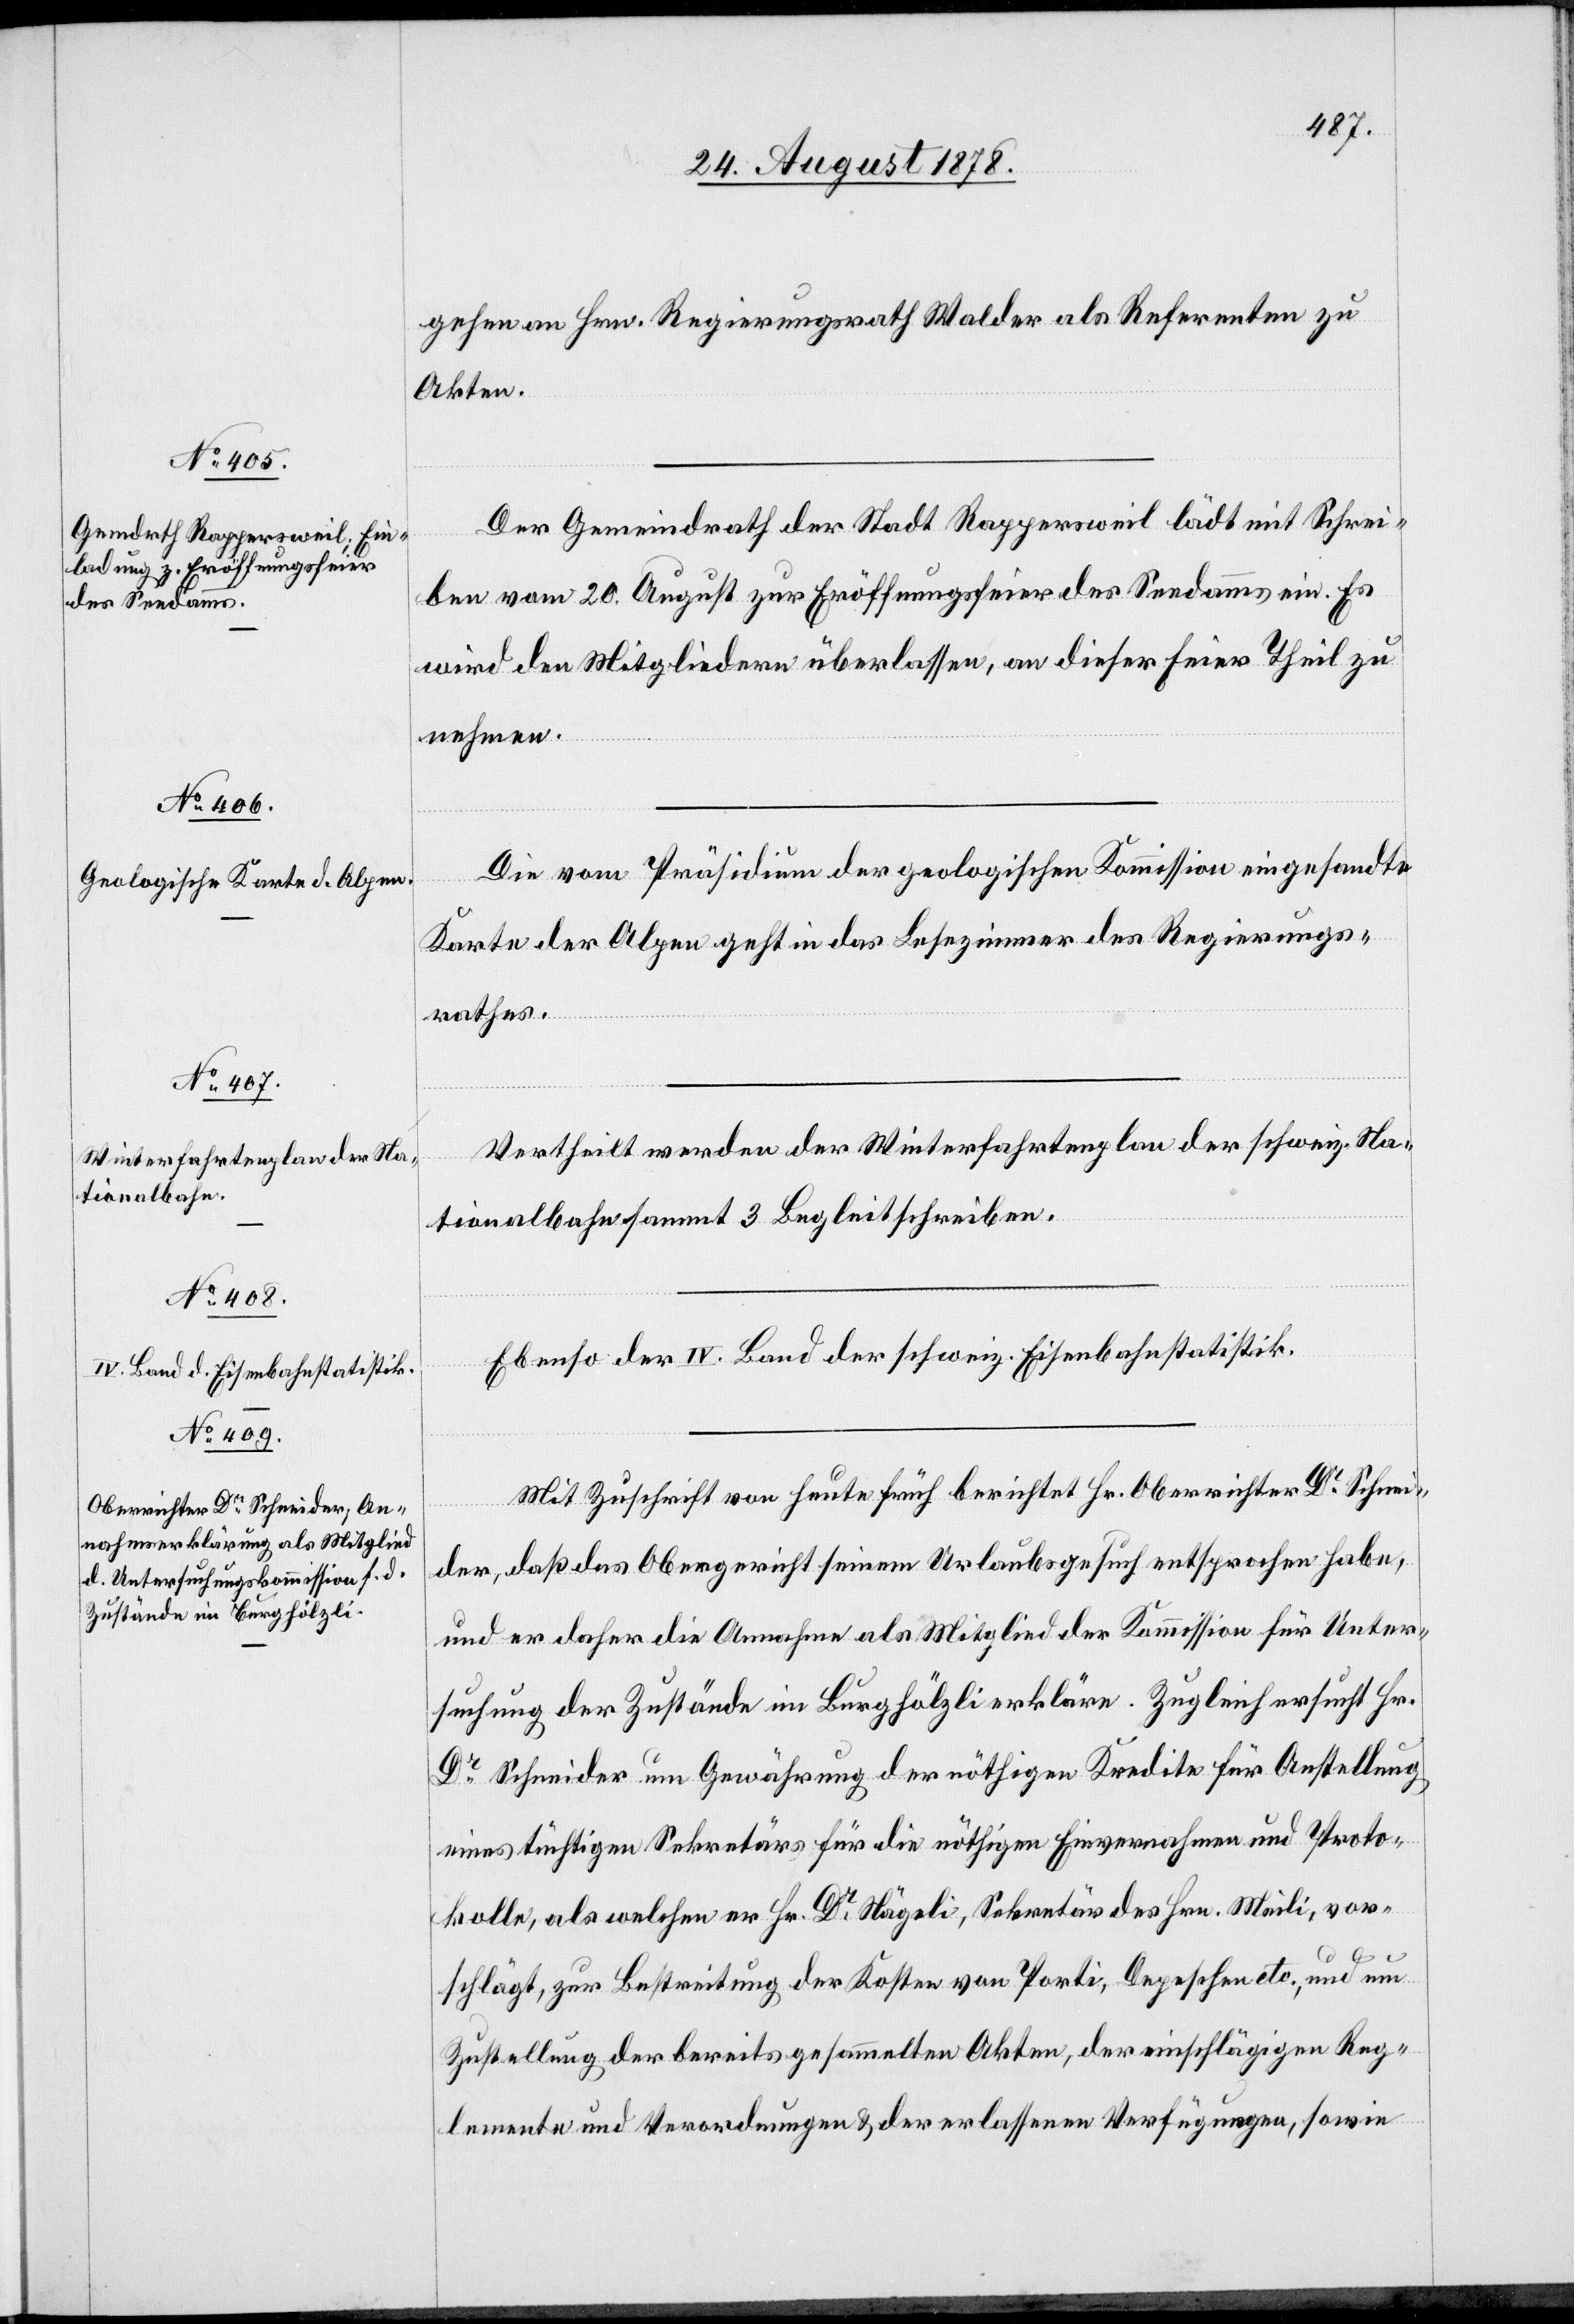
gehen an Hrn. Regierungsrath Walder als Referenten zu
Akten.
Der Gemeindrath der Stadt Rappersweil lädt mit Schrei¬
ben vom 20. August zur Eröffnungsfeier des Seedammes ein. Es
wird den Mitgliedern überlassen, an dieser Feier Theil zu
nehmen.
Die vom Präsidium der geologischen Kommission eingesandte
Karte der Alpen geht in das Lesezimmer des Regierungs¬
rathes.
Vertheilt werden der Winterfahrtenplan der schweiz. Na¬
tionalbahn sammt 3 Begleitschreiben.
Ebenso der IV. Band der schweiz. Eisenbahnstatistik.
Mit Zuschrift von heute früh berichtet Hr. Oberrichter Dr Schnei¬
der, daß das Obergericht seinem Urlaubsgesuch entsprochen habe,
und er daher die Annahme als Mitglied der Kommission für Unter¬
suchung der Zustände im Burghölzli erkläre. Zugleich ersucht Hr.
Dr Schneider um Gewährung der nöthigen Kredite für Anstellung
eines tüchtigen Sekretärs für die nöthigen Einvernahmen und Proto¬
kolle, als welchen er Hr. Dr Nägeli, Sekretär des Hrn. Meili, vor¬
schlägt, zur Bestreitung der Kosten von Porti, Depeschen etc., und um
Zustellung der bereits gesammelten Akten, der einschlägigen Reg¬
lemente und Verordnungen & der erlassenen Verfügungen, sowie